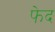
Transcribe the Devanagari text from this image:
फेद